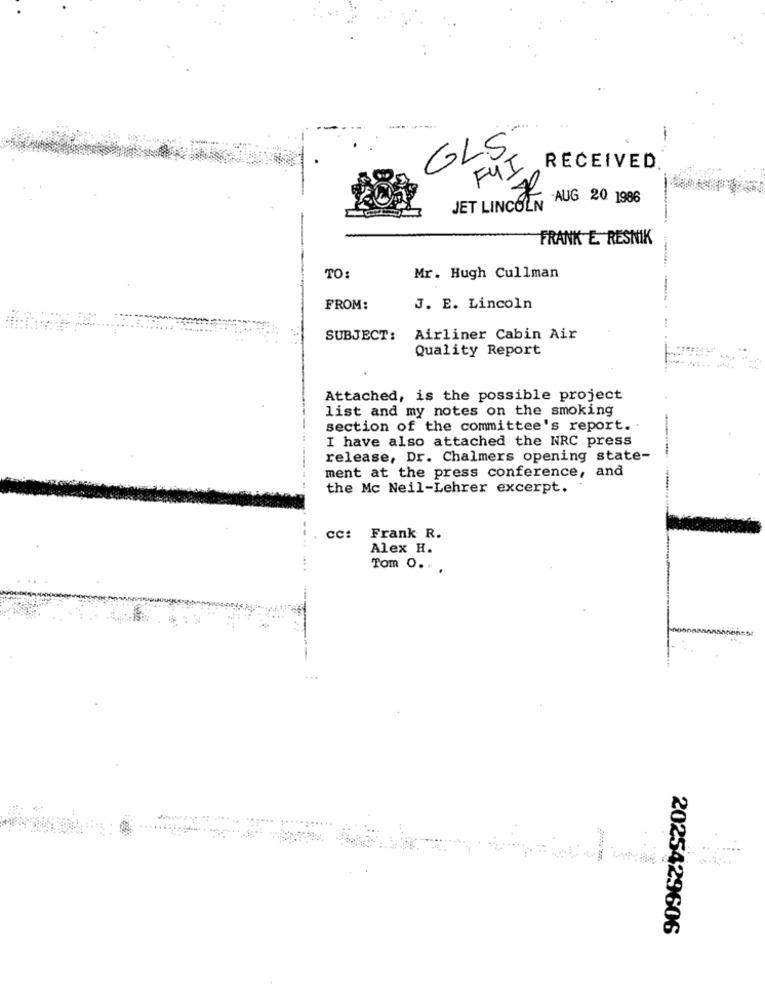
GLS
FUI
RECEIVED
JET LINCOLN AUG 20 1986
FRANK E RESNIK
TO:
Mr. Hugh Cullman
FROM:
J. E. Lincoln
SUBJECT: Airliner Cabin Air
Quality Report
Attached, is the possible project
list and my notes on the smoking
section of the committee's report.
I have also attached the NRC press
release, Dr. Chalmers opening state-
ment at the press conference, and
the Mc Neil-Lehrer excerpt.
CC:
Frank R.
Alex H.
Tom O. . .
....
2025429606